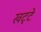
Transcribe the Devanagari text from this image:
खट्‌टे